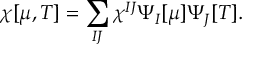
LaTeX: \chi [ \mu , T ] = \sum _ { I J } \chi ^ { I J } \Psi _ { I } [ \mu ] \Psi _ { J } [ T ] .